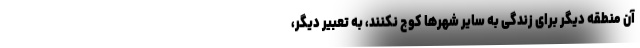
آن منطقه دیگر برای زندگی به سایر شهرها کوچ نکنند، به تعبیر دیگر،